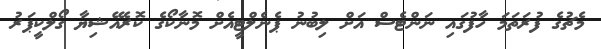
މެޗުގެ ފުރަތަމަ ހާފުގައި ނަންޓެސް އަށް ލިބުނު ޕެނެލްޓީއެށް މޮނާކޯގެ ކޮރެއޭޝިޔާ ގޯލްކީޕަރު